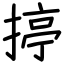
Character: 揨